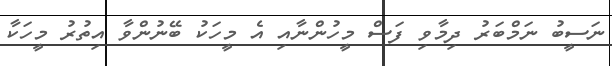
ނަސީބު ނަމްބަރު ދިމާވި ފަސް މީހުންނާއި އެ މީހަކު ބޭނުންވާ އިތުރު މީހަކާ